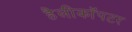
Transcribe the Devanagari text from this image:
हैलीकाॅपटर